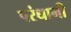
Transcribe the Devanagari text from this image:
परंधामी